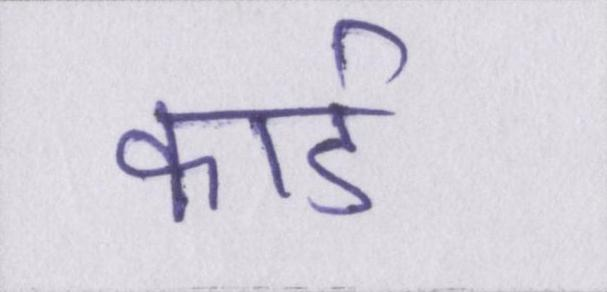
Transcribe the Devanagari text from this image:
कार्ड